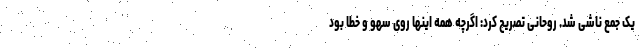
یک جمع ناشی شد. روحانی تصریح کرد: اگرچه همه اینها روی سهو و خطا بود